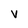
Character: V